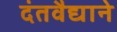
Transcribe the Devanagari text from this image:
दंतवैद्याने